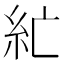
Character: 𰫘